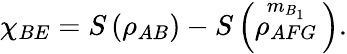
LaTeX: {{\chi}_{BE}}=S\left({{\rho}_{AB}}\right)-S\left(\overset{{{m}_{B_{1}}}}{\mathop{{{\rho}_{AFG}}}}\, \right).